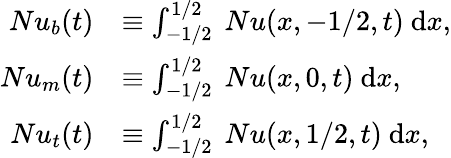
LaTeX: \begin{array}{rl}{Nu_{b}(t)}&{\equiv\int_{-1/2}^{1/2}~Nu(x,-1/2,t)~\mathrm{d}x,}\\ {Nu_{m}(t)}&{\equiv\int_{-1/2}^{1/2}~Nu(x,0,t)~\mathrm{d}x,}\\ {Nu_{t}(t)}&{\equiv\int_{-1/2}^{1/2}~Nu(x,1/2,t)~\mathrm{d}x,}\end{array}